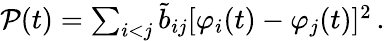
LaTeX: \begin{array}{r}{\mathcal{P}(t)=\sum_{i<j}\tilde{b}_{ij}[\varphi_{i}(t)-\varphi_{j}(t)]^{2}\, .}\end{array}